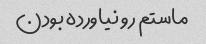
ماستم رو نیاورده بودن